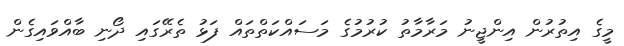
މީގެ އިތުރުން އިންޖީނު މަރާމާތު ކުރުމުގެ މަސައްކަތްތައް ފަޅު ތެރޭގައި ދޯނި ބާއްވައިގެން